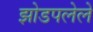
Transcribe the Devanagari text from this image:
झोडपलेले